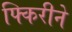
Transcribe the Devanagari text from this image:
फ्किरीने